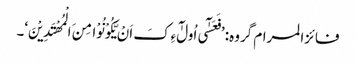
فائزالمرام گروہ: ’فَعَسٰٓی اُولٰٓءِکَ اَنْ یَّکُوْنُوْا مِنَ الْمُھْتَدِیْنَ‘۔